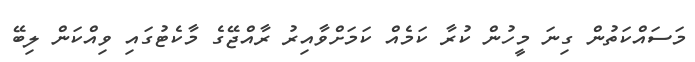
މަސައްކަތުން ގިނަ މީހުން ކުރާ ކަމެއް ކަމަށްވާއިރު ރާއްޖޭގެ މާކެޓުގައި ވިއްކަން ލިބޭ